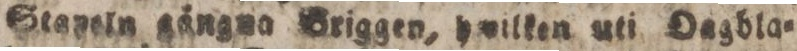
Stapeln gångna Briggen, hwilken uti Oagbla=